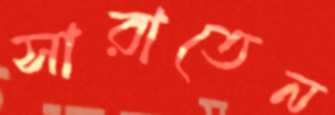
সারাতেন